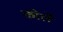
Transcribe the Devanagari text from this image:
कोर्ले